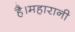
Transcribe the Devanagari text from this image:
है।महारानी